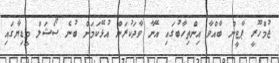
ޖުމްހޫރީ ޕާޓީން ބާއްވާ އިންތިހާބުގައި އޭނާ ވާދަކުރަން އުޅޭކަމަށް ބުނެ ސޯޝަލް މީޑިޔާގައި